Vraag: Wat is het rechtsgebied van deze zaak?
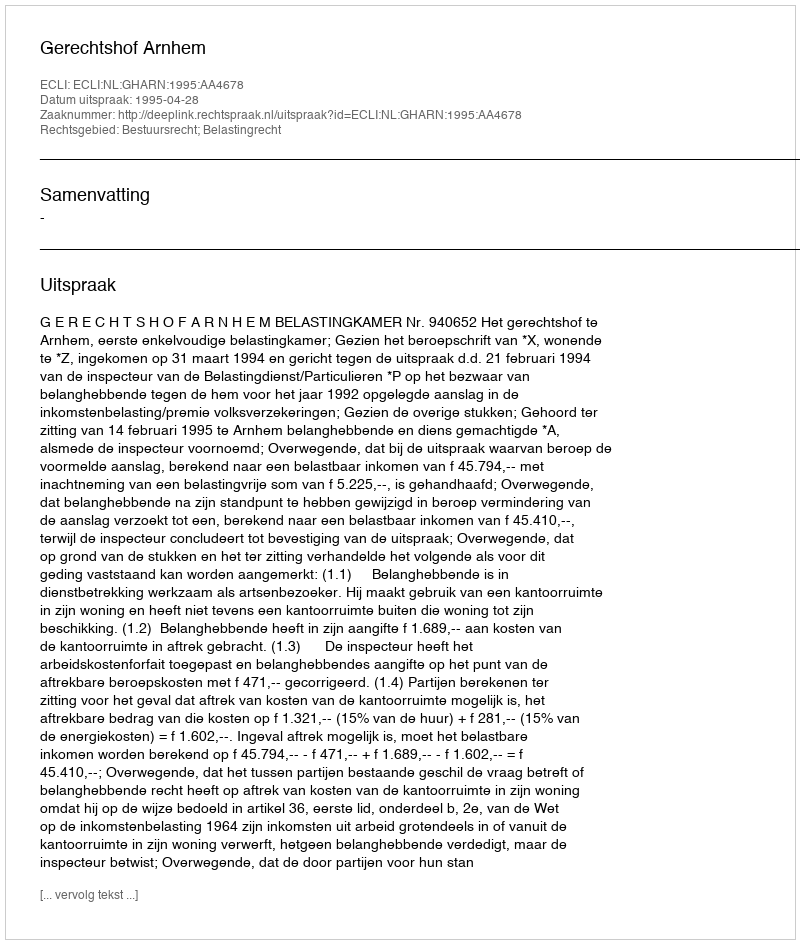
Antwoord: Bestuursrecht; Belastingrecht